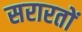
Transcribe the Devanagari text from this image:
सरारतों